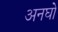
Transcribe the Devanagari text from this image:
अनघो